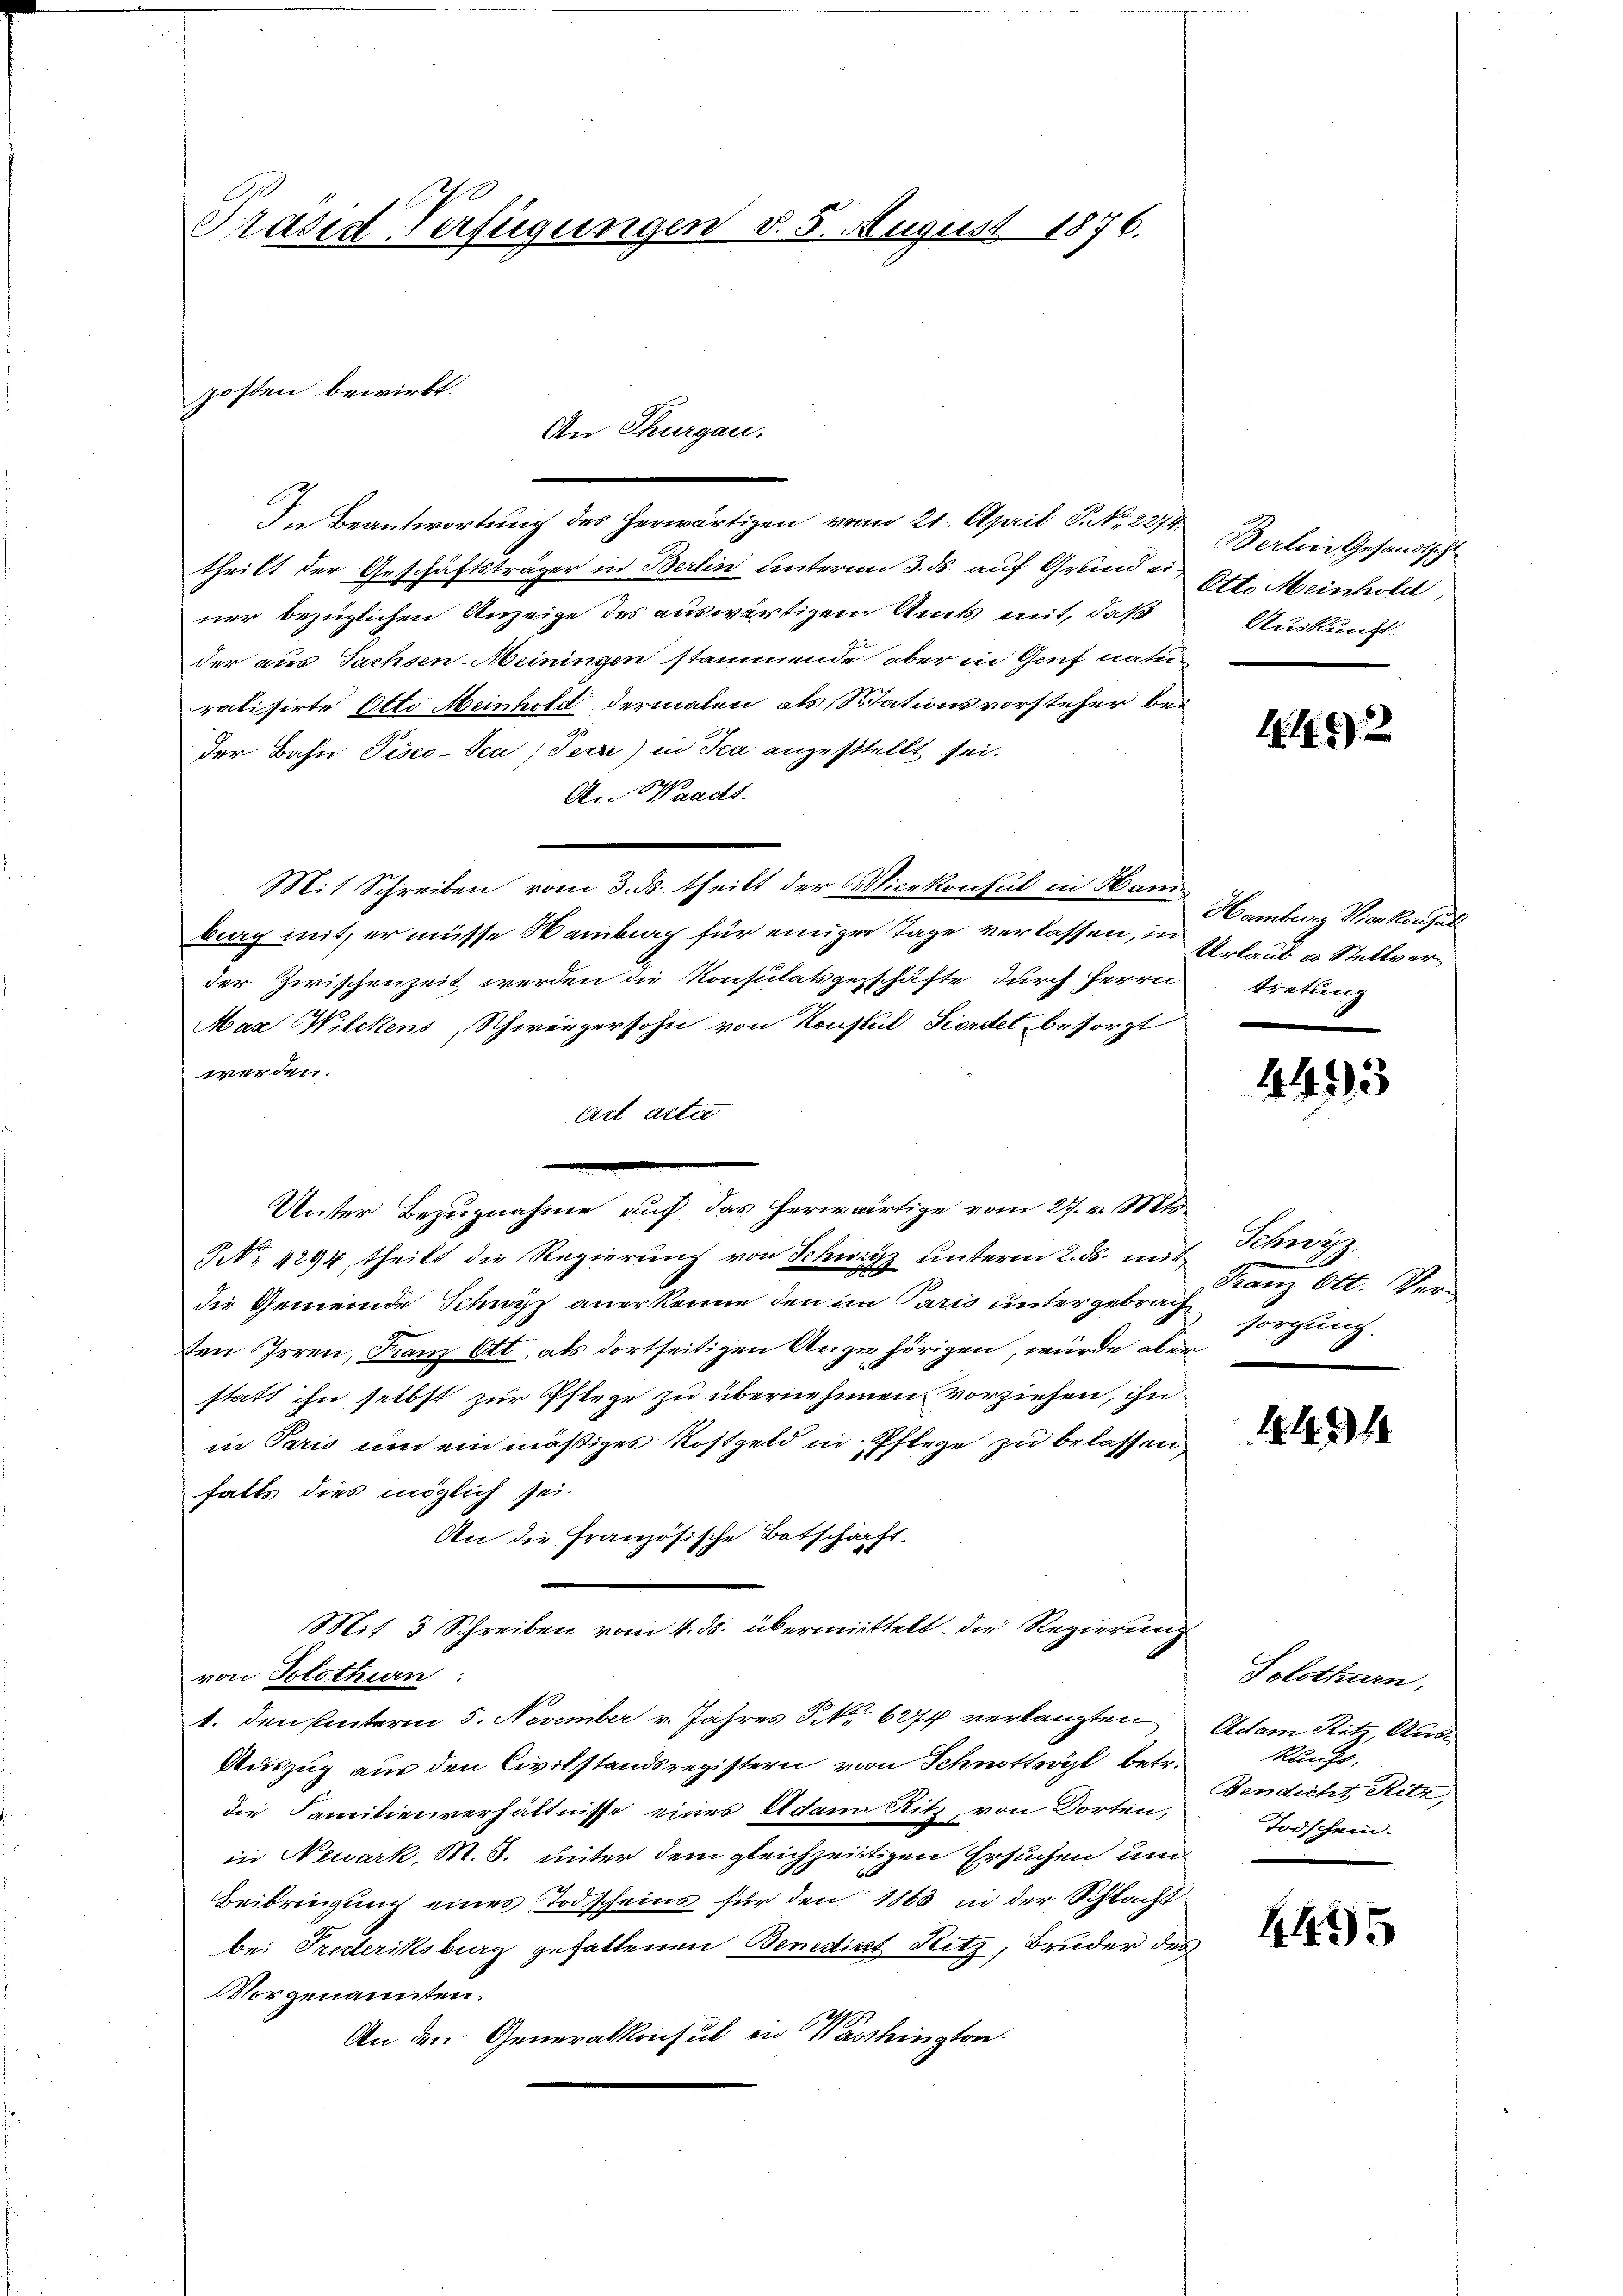
Präsid-Verfügungen d. 5. August 1876.

In Beantwortung des herwärtigen vom 21. April S. No. 2274
theilt der Geschäftsträger in Berlin unterm 3. ds. auf Grunde Ott. Meinhold,
ner bezüglichen Anzeige des auswärtigen Amts mit, daß
der aus Sachsen-Meiningen stammende aber in Genf naturatisirte Otto Meinhold dermaten als Stationsvorsteher bei
der Bahn Pisco-See, Terri) in Sca anzustellt sei.
An Waadt.
Mit Schreiben vom 3. ds. theilt der Vicekonsul in Ham
burg mit, er müsse Sambiag für einiger Tage verlassen, in Urlaub u. Stellverder Zwischenzeit werden die Konsulatsgeschäfte durch Herrn tretung
Max WWilckens, Schweizersohn von Konsul Sierdet besorgt
werden.
Act alter
Unter Bezugnahme auf das herwärtige vom 27. v. Mts.
NNo. 4294, theilt die Regierŭng von Schwyz ŭnterm 2. ds. mit Schwyz
die Gemeinde Schwyz anerkenne den im Paris untergebrachten Irren, Franz Ott, als dortseitigen Auge hörigen, würde aber
statt ihn selbst zur Pflege zu übernehmen, vorziehen, ihn
in Paris um ein mäßiges Kostgeld in Pflege zu belassen,
falls dies möglich sei.
An die Französische Botschärft
Mit 3 Schreiben vom 4. ds. übermittelt. Die Regierung
von Solothurn:
1. den Unterm 5. November v. Jahres S. 6274 verlangten
Auszug aus den Civilstandsregistern von Schnottwyl betr.
die Familienverhältnisse eines Adann Ritz, von Dorten,
in Newark, M. S. unter dem gleichzeitigen Ersuchen um
Beibringung eines Todscheins für den 1865 in der Schlacht
bei Predteriksburg gefallenen Benedikt Ritz, Bruder des
Vorgenannten.
An den Generalkonsul in Washington

posten bewirkt.

An Thurgau.

Berten Gesandtscht
Auskunft.

416)

Hamburg Vierkonsul

4493

Franz Ott. Ver-
sorgung.

4491

Solothurn,
Adam Sitz, Auskauft.
Fendicht Ritz,
Todschein.

4495